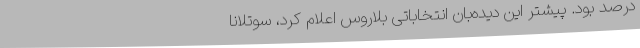
درصد بود. پیشتر این دیده‌بان انتخاباتی بلاروس اعلام کرد، سوتلانا